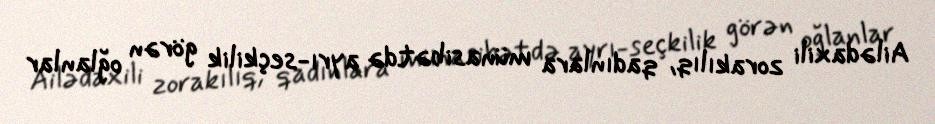
Ailədaxili zorakılıq, qadınlara münasibətdə ayrı-seçkilik görən oğlanlar